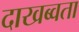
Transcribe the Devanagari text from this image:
दाखब्वता